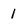
Character: 1